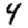
Digit: 4